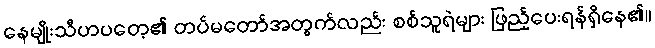
နေမျိုးသီဟပတေ့၏ တပ်မတော်အတွက်လည်း စစ်သူရဲများ ဖြည့်ပေးရန်ရှိနေ၏။